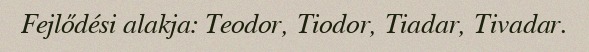
Fejlődési alakja: Teodor, Tiodor, Tiadar, Tivadar.